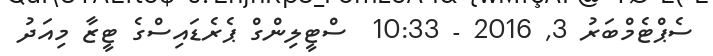
ސެޕްޓެމްބަރު 3